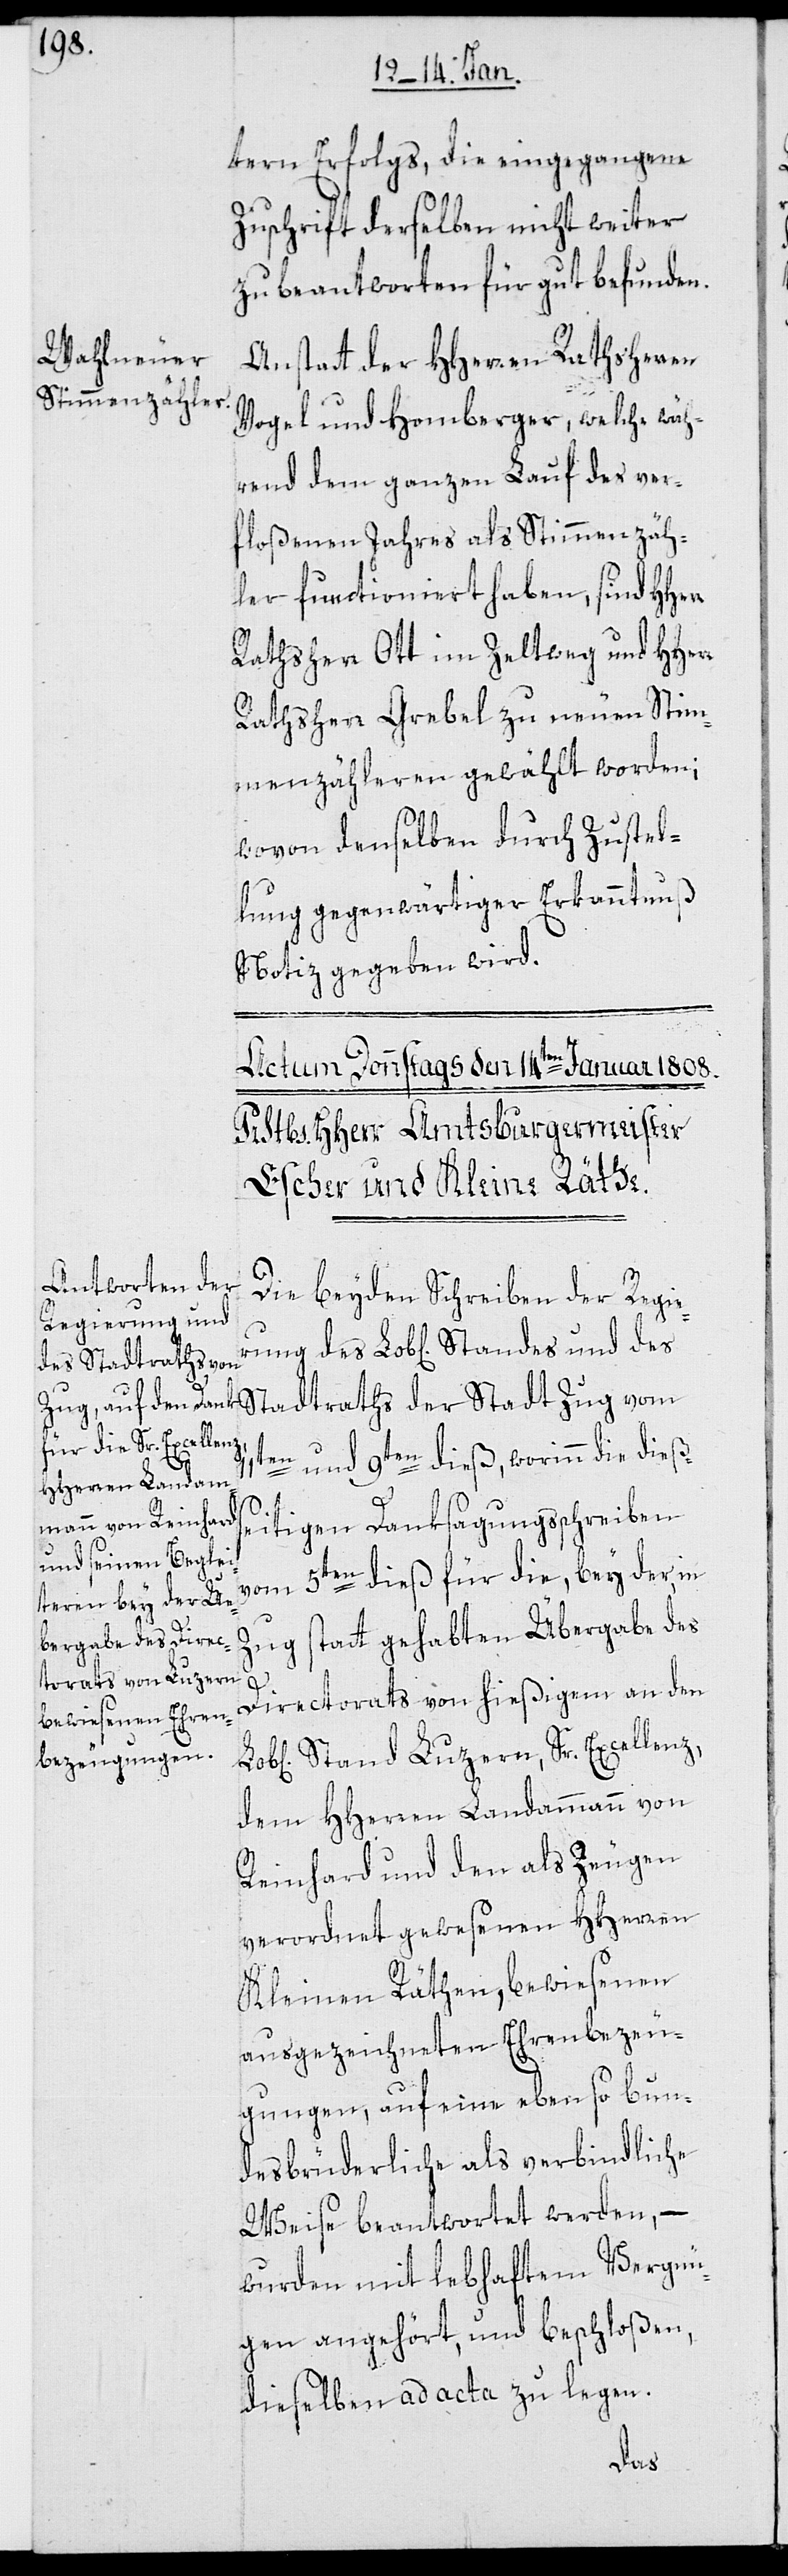
11t¬
tern Erfolgs, die eingegangene
Zuschrift derselben nicht weiter
zu beantworten für gut befunden.
Anstatt der HHerren Rathsherren
Vogel und Homberger, welche wäh¬
rend dem ganzen Lauf des ver¬
floßenen Jahres als Stimmenzäh¬
ler functioniert haben, sind HHerr
Rathsherr Ott im Zeltweg und HHerr
Rathsherr Grebel zu neuen Stim¬
menzähleren gewählt worden;
wovon denselben durch Zustel¬
lung gegenwärtiger Erkanntnuß
Notiz gegeben wird.
Die beyden Schreiben der Regie¬
des Stadtraths der
en und 9ten dieß, worinn die dießs¬
eitigen Danksagungsschreiben
5ten dieß für die, bey der in
rung
Zug statt gehabten Übergabe des
Directorats von hießigem an den
Stand Luzern, Sr. Excellenz,
dem HHerren Landammann von
Reinhard und den als Zeugen
verordnet gewesenen HHerren
Kleinen Räthen, bewiesenen
ausgezeichneten Ehrenbezeu¬
gungen, auf eine ebenso bun¬
desbrüderliche als verbindliche
Weise beantwortet werden, –
wurden mit lebhaftem Vergnü¬
gen angehört und beschloßen,
dieselben ad acta zu legen.
des